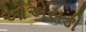
ઓએસડી